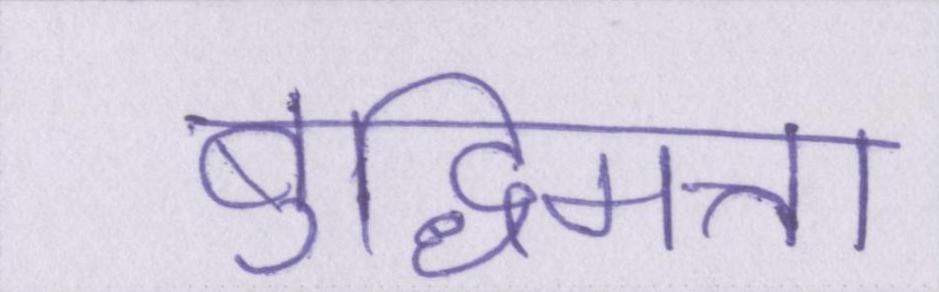
बुद्धिमत्ता